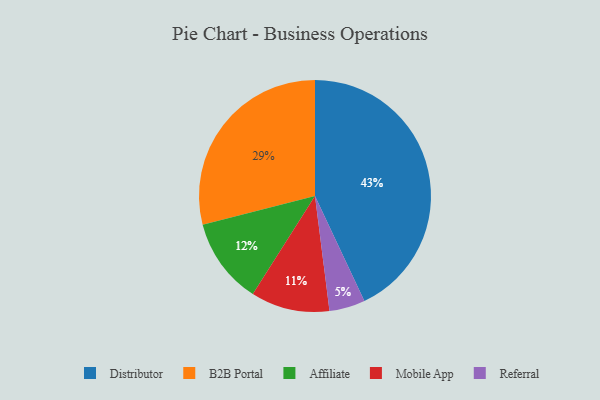
{"axis": {"x": "Category", "y": "Percentage"}, "legend": ["Affiliate", "B2B Portal", "Distributor", "Mobile App", "Referral"], "data": [{"x": "Referral", "y": 5, "type": "Referral"}, {"x": "Mobile App", "y": 11, "type": "Mobile App"}, {"x": "B2B Portal", "y": 29, "type": "B2B Portal"}, {"x": "Affiliate", "y": 12, "type": "Affiliate"}, {"x": "Distributor", "y": 43, "type": "Distributor"}]}